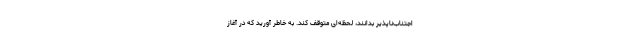
اجتناب‌ناپذیر بدانند، لحظه‌ای متوقف کند. به خاطر آورید که در آغاز